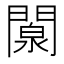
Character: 闎